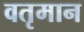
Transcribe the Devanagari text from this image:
वतृमान